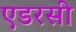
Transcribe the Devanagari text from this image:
एडरसी